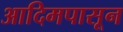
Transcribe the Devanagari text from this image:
आदिमपासून